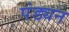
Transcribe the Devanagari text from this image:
पंड्यन